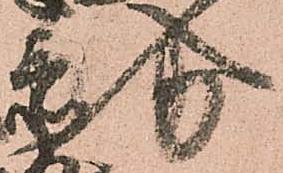
分